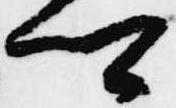
卿